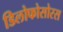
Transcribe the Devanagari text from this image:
डिलोफोसोरस